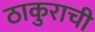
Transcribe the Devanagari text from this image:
ठाकुराची